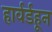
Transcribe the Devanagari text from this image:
हार्वर्डहून